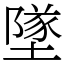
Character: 墜